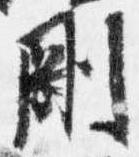
剛